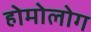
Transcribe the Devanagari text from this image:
होमोलोग